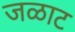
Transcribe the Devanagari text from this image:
जळाट